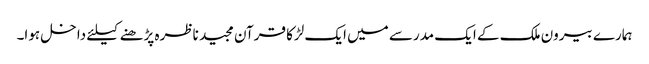
ہمارے بیرون ملک کے ایک مدرسے میں ایک لڑکا قرآن مجید ناظرہ پڑھنے کیلئے داخل ہوا۔